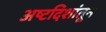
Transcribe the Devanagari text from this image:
अष्टदिशांतून